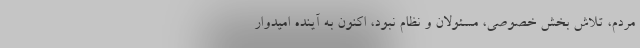
مردم، تلاش بخش خصوصی، مسئولان و نظام نبود، اکنون به آینده امیدوار